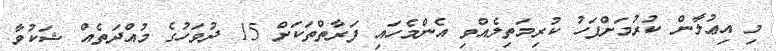
މި އިޢުލާން ކުރުމަށްފަހު ކުރިމަތިލެއްވި އެންމެހައި ފަރާތްތަކަށް 15 ދުވަހުގެ މުއްދަތެއް ޝަކުވާ